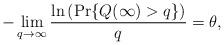
LaTeX: \begin{align*}-\lim_{q\to \infty}\frac{\ln\left(\textrm{Pr}\{Q(\infty)>q\}\right)}{q}=\theta,\end{align*}